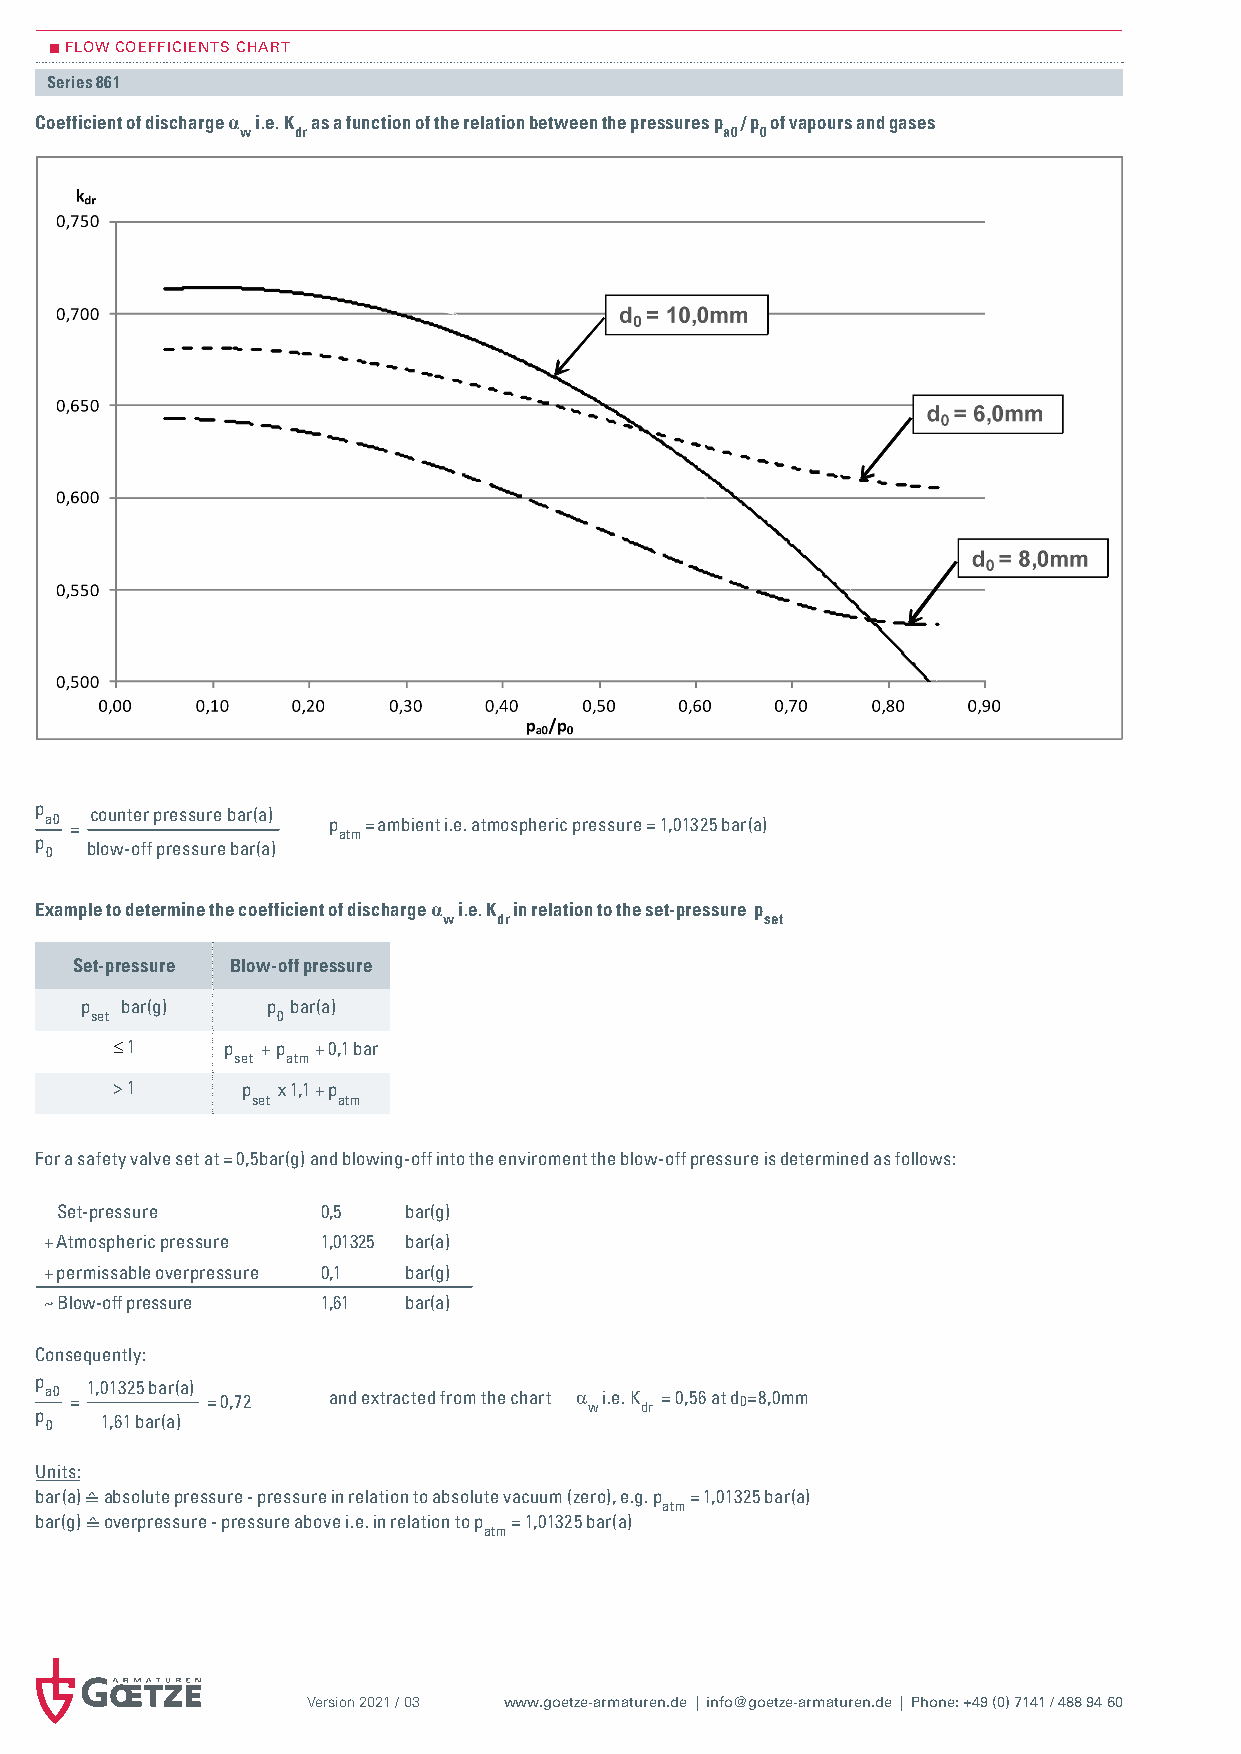
FLOw COEFFICIENTS ChART
 Series 861
 Coefficient of discharge α i.e. K as a function of the relation between the pressures p / p of vapours and gases
 w  dr                           a0 0
 p a0 = counter pressure bar(a) p = ambient i.e. atmospheric pressure = 1,01325 bar(a)
 atm
 p 0 blow-off pressure bar(a)
 Example to determine the coefficient of discharge α i.e. K in relation to the set-pressure p
 w   dr                set
 Set-pressure Blow-off pressure
 p  bar(g)    p bar(a)
 set         0
 ≤ 1     p + p + 0,1 bar
 set atm
 > 1      p x 1,1 + p
 set  atm
 For a safety valve set at = 0,5bar(g) and blowing-off into the enviroment the blow-off pressure is determined as follows:
 Set-pressure     0,5   bar(g)
 + Atmospheric pressure 1,01325 bar(a)
 + permissable overpressure 0,1 bar(g)
 ~ Blow-off pressure 1,61 bar(a)
 Consequently:
 p a0 = 1,01325 bar(a) = 0,72 and extracted from the chart α
 w
 i.e. K
 dr
 = 0,56 at d0=8,0mm
 p 0  1,61 bar(a)
 Units:
 bar(a) absolute pressure - pressure in relation to absolute vacuum (zero), e.g. p = 1,01325 bar(a)
 atm
 bar(g) overpressure - pressure above i.e. in relation to p = 1,01325 bar(a)
 ≙                         atm
 ≙
 Version 2021 / 03 www.goetze-armaturen.de | info@goetze-armaturen.de | Phone: +49 (0) 7141 / 488 94 60